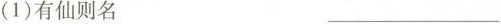
(1)有仙则名 ___